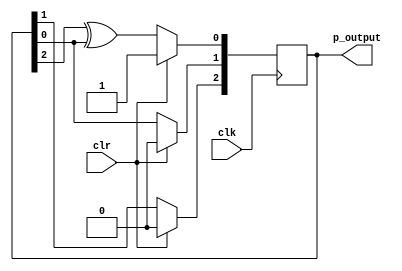
module prpg_3bit_lfsr(clk, clr, p_output);
input clk;
input clr;
output [3:1] p_output;
reg [3:1] tmp;
initial tmp = 3'b1;
always@ (posedge clk)
    begin
        if (clr)
            tmp<=1;
        else
        begin
            tmp[3] <= tmp[2];
            tmp[2] <= tmp[1];
            tmp[1] <= tmp[3]^tmp[1];
        end
    end
assign  p_output = tmp;
endmodule